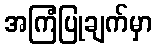
အကြံပြုချက်မှာ